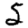
Digit: 5